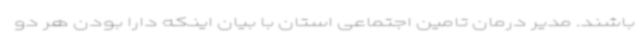
باشند. مدیر درمان تامین اجتماعی استان با بیان اینکه دارا بودن هر دو